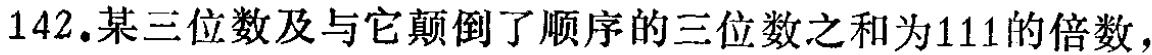
142.某三位数及与它颠倒了顺序的三位数之和为111的倍数，